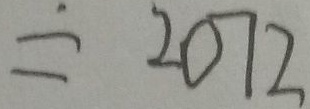
= 2 0 7 2